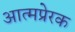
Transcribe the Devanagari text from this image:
आत्मप्रेरक